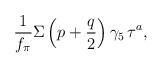
LaTeX: \begin{align*}\frac{1}{f_\pi}\Sigma\left(p+\frac{q}{2}\right)\gamma_5\,\tau^a,\end{align*}